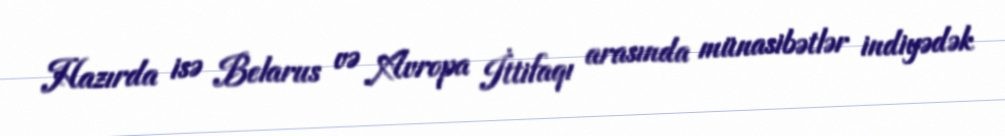
Hazırda isə Belarus və Avropa İttifaqı arasında münasibətlər indiyədək